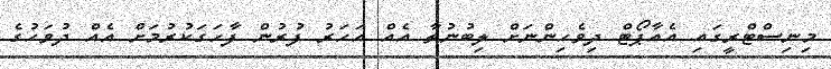
މިނިސްޓްރީގައި އެއާޕޯޓް ދިވެހިންނަށް ލިބުނުތާ އެއް އަހަރު ފުރުން ފާހަގަކުރުމަށް އެއް ދުވަހުގެ